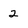
Character: 2